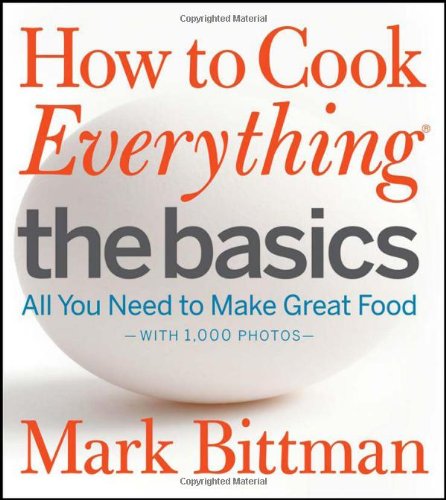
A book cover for How to Cook Everything The Basics: All You Need to Make Great Food--With 1,000 Photos; Mark Bittman; Cookbooks, Food & Wine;